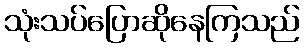
သုံးသပ်ပြောဆိုနေကြသည်